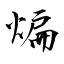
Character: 煸